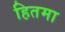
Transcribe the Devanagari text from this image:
हितमा